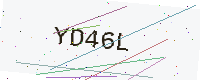
Text: YD46L